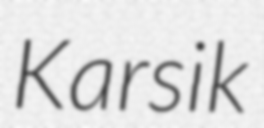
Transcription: Karsik